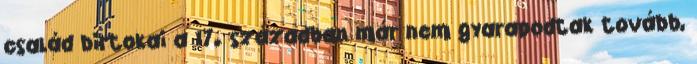
család birtokai a 17. században már nem gyarapodtak tovább,